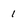
Character: 1